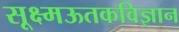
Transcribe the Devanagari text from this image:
सूक्ष्मऊतकविज्ञान